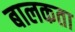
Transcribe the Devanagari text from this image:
बालकता